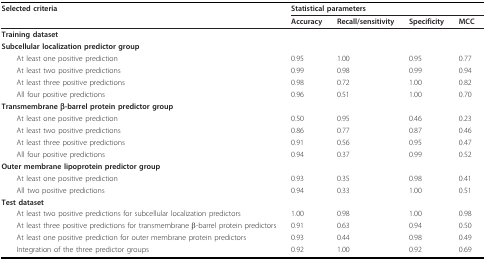
<table><thead><tr><td><b>Selected criteria</b></td><td colspan="4"><b>Statistical parameters</b></td></tr><tr><td></td><td><b>Accuracy</b></td><td><b>Recall/sensitivity</b></td><td><b>Specificity</b></td><td><b>MCC</b></td></tr></thead><tbody><tr><td colspan="5"><b>Training dataset</b></td></tr><tr><td colspan="5"><b>Subcellular localization predictor group</b></td></tr><tr><td> At least one positive prediction</td><td>0.95</td><td>1.00</td><td>0.95</td><td>0.77</td></tr><tr><td> At least two positive predictions</td><td>0.99</td><td>0.98</td><td>0.99</td><td>0.94</td></tr><tr><td> At least three positive predictions</td><td>0.98</td><td>0.72</td><td>1.00</td><td>0.82</td></tr><tr><td> All four positive predictions</td><td>0.96</td><td>0.51</td><td>1.00</td><td>0.70</td></tr><tr><td colspan="5"><b>Transmembrane β-barrel protein predictor group</b></td></tr><tr><td> At least one positive prediction</td><td>0.50</td><td>0.95</td><td>0.46</td><td>0.23</td></tr><tr><td> At least two positive predictions</td><td>0.86</td><td>0.77</td><td>0.87</td><td>0.46</td></tr><tr><td> At least three positive predictions</td><td>0.91</td><td>0.56</td><td>0.95</td><td>0.47</td></tr><tr><td> All four positive predictions</td><td>0.94</td><td>0.37</td><td>0.99</td><td>0.52</td></tr><tr><td colspan="5"><b>Outer membrane lipoprotein predictor group</b></td></tr><tr><td> At least one positive prediction</td><td>0.93</td><td>0.35</td><td>0.98</td><td>0.41</td></tr><tr><td> All two positive predictions</td><td>0.94</td><td>0.33</td><td>1.00</td><td>0.51</td></tr><tr><td colspan="5"><b>Test dataset</b></td></tr><tr><td> At least two positive predictions for subcellular localization predictors</td><td>1.00</td><td>0.98</td><td>1.00</td><td>0.98</td></tr><tr><td> At least three positive predictions for transmembrane β-barrel protein predictors</td><td>0.91</td><td>0.63</td><td>0.94</td><td>0.50</td></tr><tr><td> At least one positive prediction for outer membrane protein predictors</td><td>0.93</td><td>0.44</td><td>0.98</td><td>0.49</td></tr><tr><td> Integration of the three predictor groups</td><td>0.92</td><td>1.00</td><td>0.92</td><td>0.69</td></tr></tbody></table>